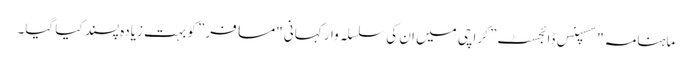
ماہنامہ "سسپنس ڈائجسٹ” کراچی میں ان کی سلسلہ وار کہانی "مسافر” کو بہت زیادہ پسند کیا گیا۔